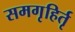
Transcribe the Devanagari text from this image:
समगृहिर्तृ